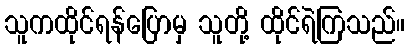
သူကထိုင်ရန်ပြောမှ သူတို့ ထိုင်ရဲကြသည်။